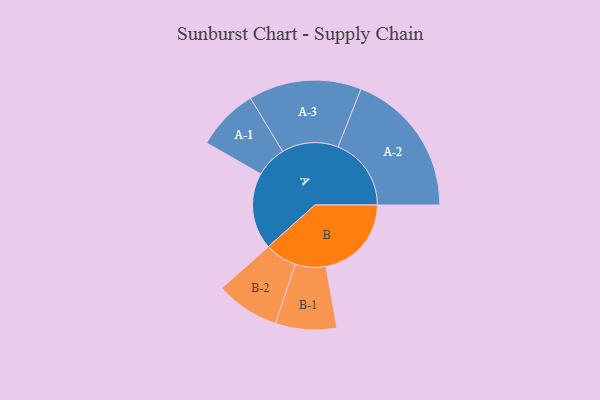
{"axis": {"x": "Segment", "y": "Value"}, "legend": ["", "A", "B"], "data": [{"x": "A", "y": 293, "type": ""}, {"x": "B", "y": 327, "type": ""}, {"x": "A-1", "y": 119, "type": "A"}, {"x": "A-2", "y": 280, "type": "A"}, {"x": "A-3", "y": 216, "type": "A"}, {"x": "B-1", "y": 117, "type": "B"}, {"x": "B-2", "y": 122, "type": "B"}]}